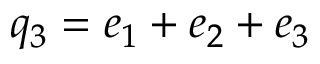
q _ { 3 } = e _ { 1 } + e _ { 2 } + e _ { 3 }